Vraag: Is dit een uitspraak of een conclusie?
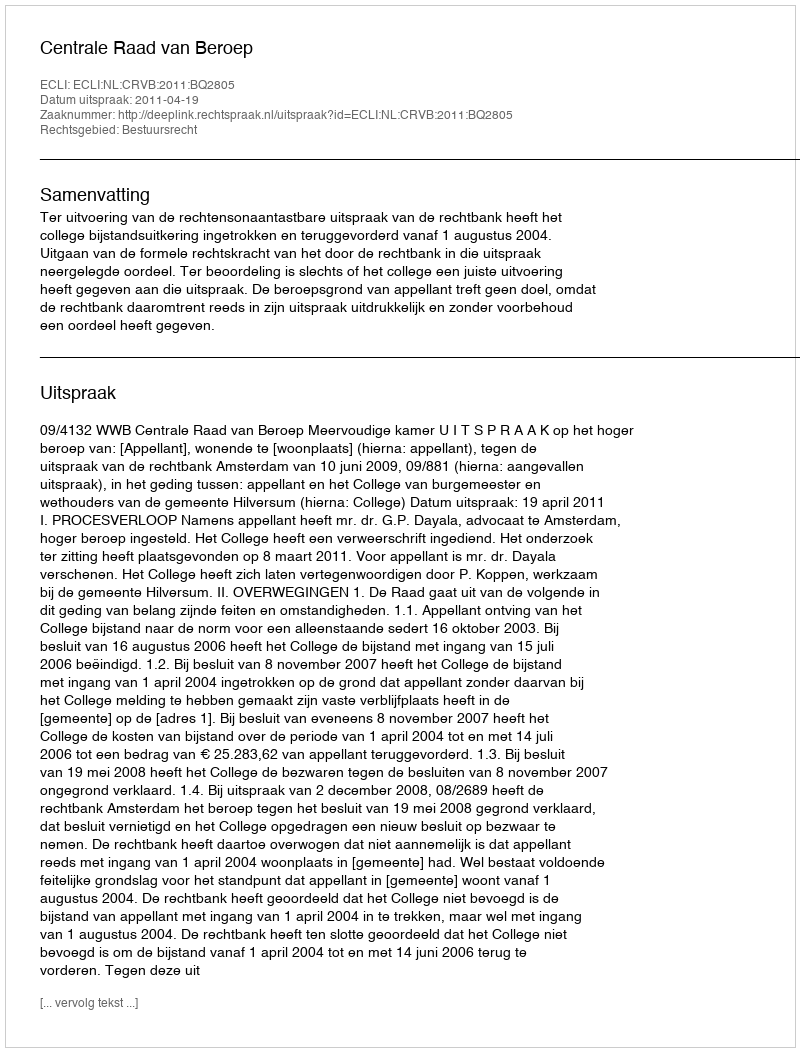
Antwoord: Uitspraak